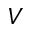
V